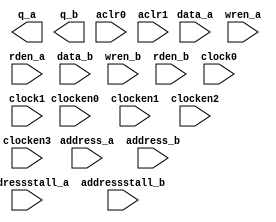
/*
 *  yosys -- Yosys Open SYnthesis Suite
 *
 *  Copyright (C) 2012  Clifford Wolf <clifford@clifford.at>
 *
 *  Permission to use, copy, modify, and/or distribute this software for any
 *  purpose with or without fee is hereby granted, provided that the above
 *  copyright notice and this permission notice appear in all copies.
 *
 *  THE SOFTWARE IS PROVIDED "AS IS" AND THE AUTHOR DISCLAIMS ALL WARRANTIES
 *  WITH REGARD TO THIS SOFTWARE INCLUDING ALL IMPLIED WARRANTIES OF
 *  MERCHANTABILITY AND FITNESS. IN NO EVENT SHALL THE AUTHOR BE LIABLE FOR
 *  ANY SPECIAL, DIRECT, INDIRECT, OR CONSEQUENTIAL DAMAGES OR ANY DAMAGES
 *  WHATSOEVER RESULTING FROM LOSS OF USE, DATA OR PROFITS, WHETHER IN AN
 *  ACTION OF CONTRACT, NEGLIGENCE OR OTHER TORTIOUS ACTION, ARISING OUT OF
 *  OR IN CONNECTION WITH THE USE OR PERFORMANCE OF THIS SOFTWARE.
 *
 */
(* blackbox *)
module altsyncram(data_a, address_a, wren_a, rden_a, q_a, data_b, address_b,  wren_b, rden_b,
                  q_b, clock0, clock1, clocken0, clocken1, clocken2, clocken3, aclr0, aclr1,
                  addressstall_a, addressstall_b);

   parameter clock_enable_input_b          = "ALTERNATE";
   parameter clock_enable_input_a          = "ALTERNATE";
   parameter clock_enable_output_b         = "NORMAL";
   parameter clock_enable_output_a         = "NORMAL";
   parameter wrcontrol_aclr_a              = "NONE";
   parameter indata_aclr_a                 = "NONE";
   parameter address_aclr_a                = "NONE";
   parameter outdata_aclr_a                = "NONE";
   parameter outdata_reg_a                 = "UNREGISTERED";
   parameter operation_mode                = "SINGLE_PORT";
   parameter intended_device_family        = "MAX 10 FPGA";
   parameter outdata_reg_b                 = "UNREGISTERED";
   parameter lpm_type                      = "altsyncram";
   parameter init_type                     = "unused";
   parameter ram_block_type                = "AUTO";
   parameter lpm_hint                      = "ENABLE_RUNTIME_MOD=NO";
   parameter power_up_uninitialized        = "FALSE";
   parameter read_during_write_mode_port_a = "NEW_DATA_NO_NBE_READ";
   parameter width_byteena_a               = 1;
   parameter numwords_b                    = 0;
   parameter numwords_a                    = 0;
   parameter widthad_b                     = 1;
   parameter width_b                       = 1;
   parameter widthad_a                     = 1;
   parameter width_a                       = 1;

   // Port A declarations
   output [35:0] q_a;
   input [35:0]  data_a;
   input [7:0]   address_a;
   input         wren_a;
   input         rden_a;
   // Port B declarations
   output [35:0] q_b;
   input [35:0]  data_b;
   input [7:0]   address_b;
   input         wren_b;
   input         rden_b;
   // Control signals
   input         clock0, clock1;
   input         clocken0, clocken1, clocken2, clocken3;
   input         aclr0, aclr1;
   input         addressstall_a;
   input         addressstall_b;
   // TODO: Implement the correct simulation model

endmodule // altsyncram